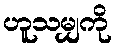
ဟူသမျှကို